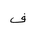
Letter: _fa